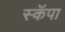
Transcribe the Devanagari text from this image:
स्कॅपा